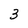
Character: 3